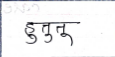
मजकूर: हुतूतू